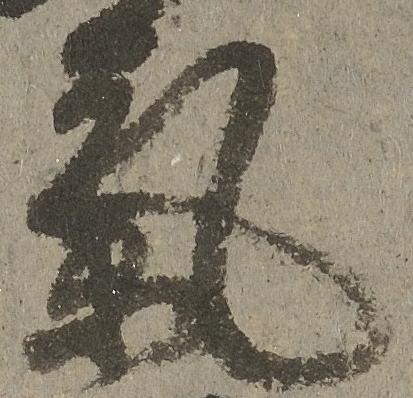
気